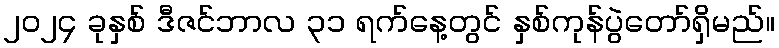
၂၀၂၄ ခုနှစ် ဒီဇင်ဘာလ ၃၁ ရက်နေ့တွင် နှစ်ကုန်ပွဲတော်ရှိမည်။